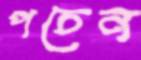
পচেন